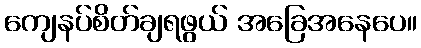
ကျေနပ်စိတ်ချရဖွယ် အခြေအနေပေ။